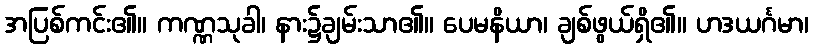
အပြစ်ကင်း၏။ ကဏ္ဏသုခါ၊ နား၌ချမ်းသာ၏။ ပေမနိယာ၊ ချစ်ဖွယ်ရှိ၏။ ဟဒယင်္ဂမာ၊